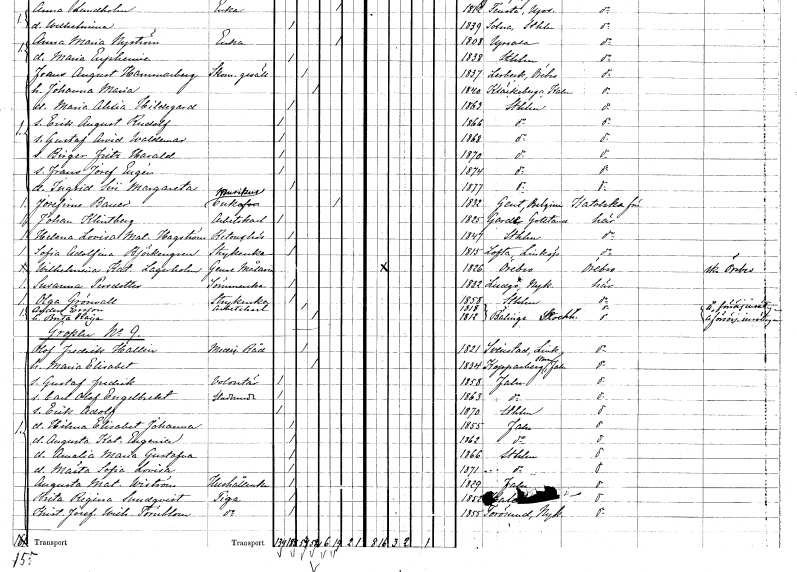
gt_parse: households: individuals: FN: Josefina
EN: Bauer
YRKE: Musikusänka
KON: K
CIV: E
FODAR: 1832
FN: Johan
EN: Klintberg
YRKE: Arbetskarl
KON: M
CIV: O
FODAR: 1825
FODFORS: Garde Gotlands län
FN: Helena Lovisa Matilda
EN: Hagström
YRKE: Retuchörska
KON: K
CIV: O
FODAR: 1847
FODFORS: Stockholm
FN: Sofia Adolfina
EN: Björkengren
YRKE: Strykerska
KON: K
CIV: O
FODAR: 1815
FODFORS: Lofta Kalmar län
FN: Wilhelmina Katarina
EN: Lagerholm
YRKE: Genremålare
KON: K
CIV: O
FODAR: 1826
FODFORS: Örebro Örebro län
FN: Susanna
EN: Persdotter
YRKE: Sömmerska
KON: K
CIV: O
FODAR: 1832
FODFORS: Ludgo Södermanlands län
FN: Olga
EN: Grönvall
YRKE: Strykerska
KON: K
CIV: O
FODAR: 1858
FODFORS: Stockholm
FN: Anders
EN: Ersson
YRKE: Arbetskarl
KON: M
CIV: G
FODAR: 1818
FODFORS: Bälinge Stockholms län
FN: Brita Kajsa
KON: K
CIV: G
FODAR: 1812
FODFORS: Bälinge Stockholms län
FN: Olof Fredrik
EN: Hallin
YRKE: Medicinalråd
KON: M
CIV: G
FODAR: 1821
FODFORS: Svinstad Östergötlands län
FN: Maria Elisabet
KON: K
CIV: G
FODAR: 1834
FODFORS: Stora Kopparberg Kopparbergs län
FN: Gustaf Fredrik
YRKE: Volontär
KON: M
CIV: O
FODAR: 1858
FODFORS: Falun Kopparbergs län
FN: Carl Olof Engelbrekt
YRKE: Studerande
KON: M
CIV: O
FODAR: 1863
FODFORS: Falun Kopparbergs län
FN: Erik Adolf
KON: M
CIV: O
FODAR: 1870
FODFORS: Stockholm
FN: Hilma Elisabet Johanna
KON: K
CIV: O
FODAR: 1855
FODFORS: Falun Kopparbergs län
FN: Augusta Katarina Eugenia
KON: K
CIV: O
FODAR: 1862
FODFORS: Falun Kopparbergs län
FN: Amalia Maria Gustafva
KON: K
CIV: O
FODAR: 1866
FODFORS: Stockholm
FN: Märta Sofia Lovisa
KON: K
CIV: O
FODAR: 1871
FODFORS: Stockholm
FN: Augusta Matilda
EN: Wiström
YRKE: Hushållerska
KON: K
CIV: O
FODAR: 1829
FODFORS: Falun Kopparbergs län
FN: Brita Regina
EN: Sundqvist
YRKE: Piga
KON: K
CIV: O
FODAR: 1852
FODFORS: Nederkalix Norrbottens län
FN: Kristina Josefina Wilhelmina
EN: Törnblom
YRKE: Piga
KON: K
CIV: O
FODAR: 1855
FODFORS: Toresund Södermanlands län